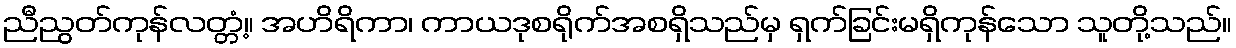
ညီညွတ်ကုန်လတ္တံ့။ အဟိရိကာ၊ ကာယဒုစရိုက်အစရှိသည်မှ ရှက်ခြင်းမရှိကုန်သော သူတို့သည်။